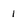
Character: l